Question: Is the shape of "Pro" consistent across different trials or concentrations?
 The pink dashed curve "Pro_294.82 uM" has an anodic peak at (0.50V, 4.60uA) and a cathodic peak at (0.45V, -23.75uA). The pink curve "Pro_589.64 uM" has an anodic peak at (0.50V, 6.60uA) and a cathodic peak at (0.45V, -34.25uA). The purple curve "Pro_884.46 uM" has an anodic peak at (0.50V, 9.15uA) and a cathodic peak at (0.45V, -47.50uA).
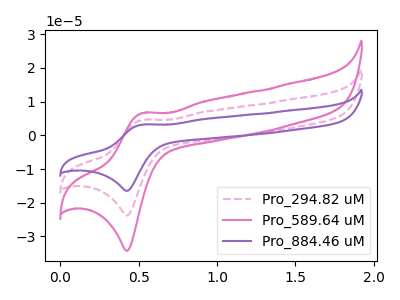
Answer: <think>All the peaks in "Pro_294.82 uM" have a peak in "Pro_589.64 uM" at the same potential. Every peak in "Pro_294.82 uM" is lower than every peak in "Pro_589.64 uM". All the peaks in "Pro_294.82 uM" have a peak in "Pro_884.46 uM" at the same potential. Every peak in "Pro_294.82 uM" is lower than every peak in "Pro_884.46 uM". All the peaks in "Pro_589.64 uM" have a peak in "Pro_884.46 uM" at the same potential. Every peak in "Pro_589.64 uM" is lower than every peak in "Pro_884.46 uM".
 </think>
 <answer>All the CV's of "Pro" have similar shape.</answer>
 <eval>follow_rule</eval>